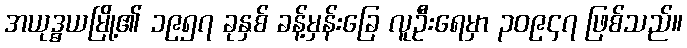
အယုဒ္ဓယမြို့၏ ၁၉၅၇ ခုနှစ် ခန့်မှန်းခြေ လူဦးရေမှာ ၃၀၉၄၇ ဖြစ်သည်။